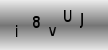
Text: i8vUJ